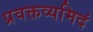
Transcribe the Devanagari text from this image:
प्रवक्तव्यमिदं